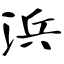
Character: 浜